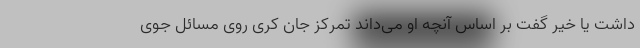
داشت یا خیر گفت بر اساس آنچه او می‌داند تمرکز جان کری روی مسائل جوی